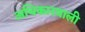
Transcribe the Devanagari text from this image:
अधिकारवाली